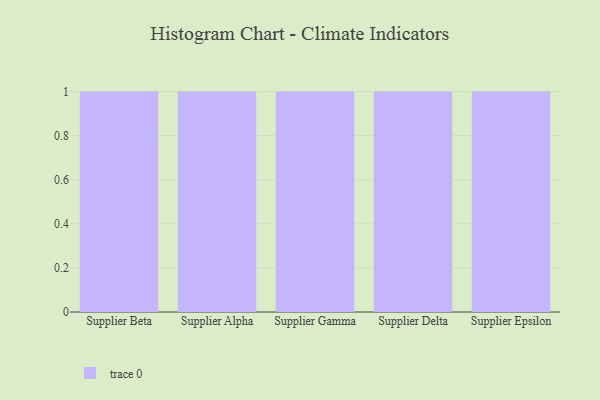
{"axis": {"x": "Supplier", "y": "Inventory Turnover"}, "legend": [""], "data": [{"x": "Supplier Beta", "y": 79, "type": ""}, {"x": "Supplier Alpha", "y": 61, "type": ""}, {"x": "Supplier Gamma", "y": 95, "type": ""}, {"x": "Supplier Delta", "y": 76, "type": ""}, {"x": "Supplier Epsilon", "y": 79, "type": ""}]}